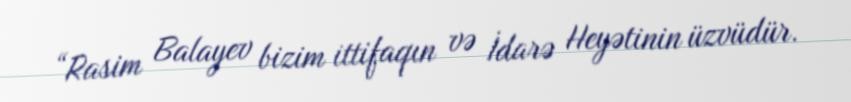
“Rasim Balayev bizim ittifaqın və İdarə Heyətinin üzvüdür.